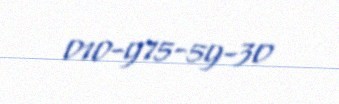
010-975-59-30